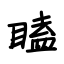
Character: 瞌